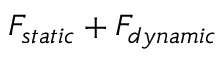
F _ { s t a t i c } + F _ { d y n a m i c }